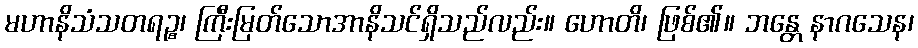
မဟာနိသံသတရဉ္စ၊ ကြီးမြတ်သောအာနိသင်ရှိသည်လည်း။ ဟောတိ၊ ဖြစ်၏။ ဘန္တေ နာဂသေန၊